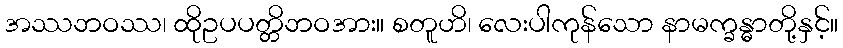
အဿဘဝဿ၊ ထိုဥပပတ္တိဘဝအား။ စတူဟိ၊ လေးပါကုန်သော နာမက္ခန္ဓာတို့နှင့်။